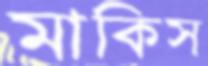
মাকিস